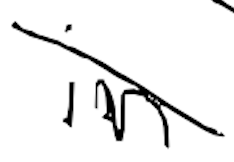
Text: in
Cross-out: diagonal
Writing tool: digital_black